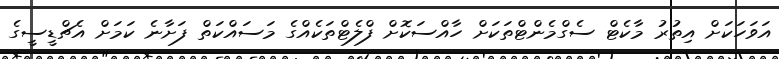
އަވަހަކަށް އިތުރު މާކެޓް ސެގްމެންޓްތަކަށް ހާއްސަކޮށް ފްލެޓްތަކެއްގެ މަސައްކަތް ފަށާނެ ކަމަށް އެޗްޑީސީގެ